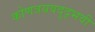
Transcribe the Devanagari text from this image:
कोणत्रयवदुद्भवी